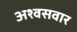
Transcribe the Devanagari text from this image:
अश्वसवार